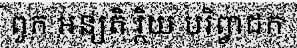
ពួក អន្យតិ រ្ថិយ បរិព្វាជក